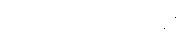
ညှီနံ့တွေတောင် စွဲကုန်ပြီ။